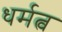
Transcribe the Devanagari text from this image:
धर्मत्व